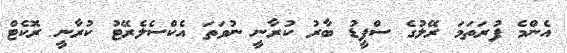
އެންމެ ފުރަތަމަ ރޭލުގެ ސްޕީޑު ބާރު ކުރާނީ ނުވަތަ އެކްސެލެރޭޓު ކުރާނީ ރޮކެޓް